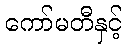
ကော်မတီနှင့်